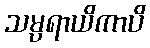
သမ္ပရာယိကာပိ